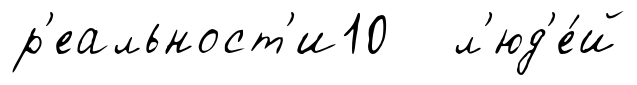
р'еальност'и10 л'юд'е́й